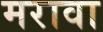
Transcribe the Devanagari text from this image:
मरावा